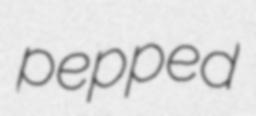
pepped